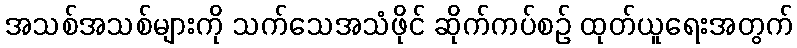
အသစ်အသစ်များကို သက်သေအသံဖိုင် ဆိုက်ကပ်စဉ် ထုတ်ယူရေးအတွက်